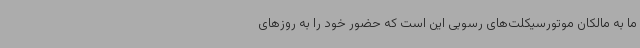
ما به مالکان موتورسیکلت‌های رسوبی این است که حضور خود را به روزهای